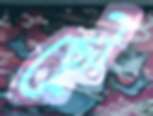
ছৌ